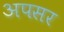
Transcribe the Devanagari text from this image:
अपसर